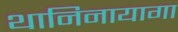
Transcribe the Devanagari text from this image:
थानिनायागा